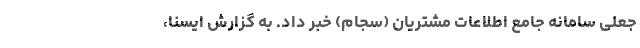
جعلی سامانه جامع اطلاعات مشتریان (سجام) خبر داد. به گزارش ایسنا،